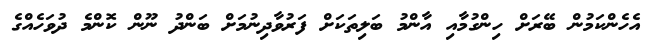
އެހެންކަމުން ބޭރަށް ހިންގުމާއި އާންމު ބަލިތަކަށް ފަރުވާދިނުމަށް ބަންދު ނޫން ކޮންމެ ދުވަހެއްގެ